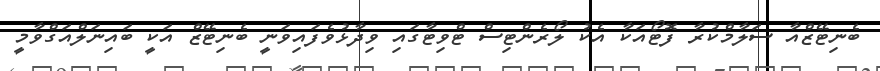
ބެނިޓޭޒްއާ ސަލާމްކުރާ ފޮޓޯއަކާ އެކު ލޯރެންޓިސް ޓްވިޓާގައި ވިދާޅުވެފައިވަނީ ބެނިޓޭޒް އަކީ ބައިނަލްއަގްވާމީ